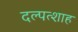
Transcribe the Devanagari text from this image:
दल्पत्शाह